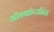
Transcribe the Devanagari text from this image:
ऑनकॉग्जीनेस